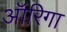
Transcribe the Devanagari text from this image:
ऑरिगा